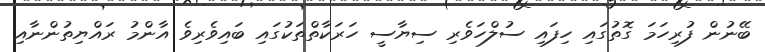
ބޭނުން ފުރިހަމަ ގޮތުގައި ހިފައި ސުލްހަވެރި ސިޔާސީ ހަރަކާތްތަކުގައި ބައިވެރިވެ އާންމު ރައްޔިތުންނާއި